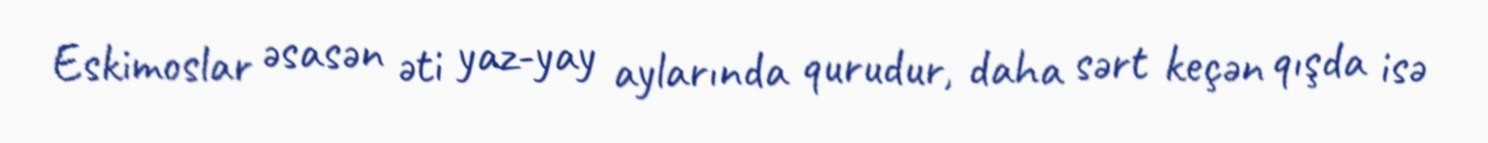
Eskimoslar əsasən əti yaz-yay aylarında qurudur, daha sərt keçən qışda isə